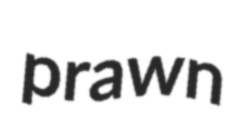
prawn